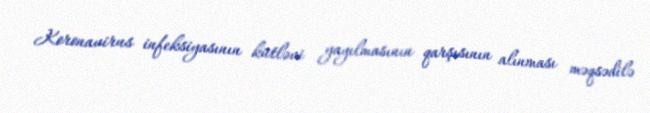
Koronavirus infeksiyasının kütləvi yayılmasının qarşısının alınması məqsədilə